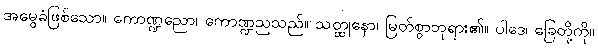
အမွေခံဖြစ်သော။ ကောဏ္ဍညော၊ ကောဏ္ဍညသည်။ သတ္ထုနော၊ မြတ်စွာဘုရား၏။ ပါဒေ၊ ခြေတို့ကို။